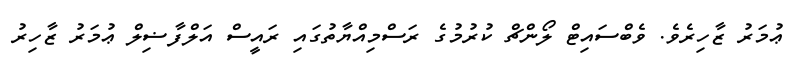
ޢުމަރު ޒާހިރެވެ. ވެބްސައިޓް ލޯންޗް ކުރުމުގެ ރަސްމިއްޔާތުގައި ރައީސް އަލްފާޟިލް ޢުމަރު ޒާހިރު